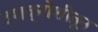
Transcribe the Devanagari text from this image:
दशक्रोशीतून